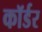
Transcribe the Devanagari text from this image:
कॉर्डर